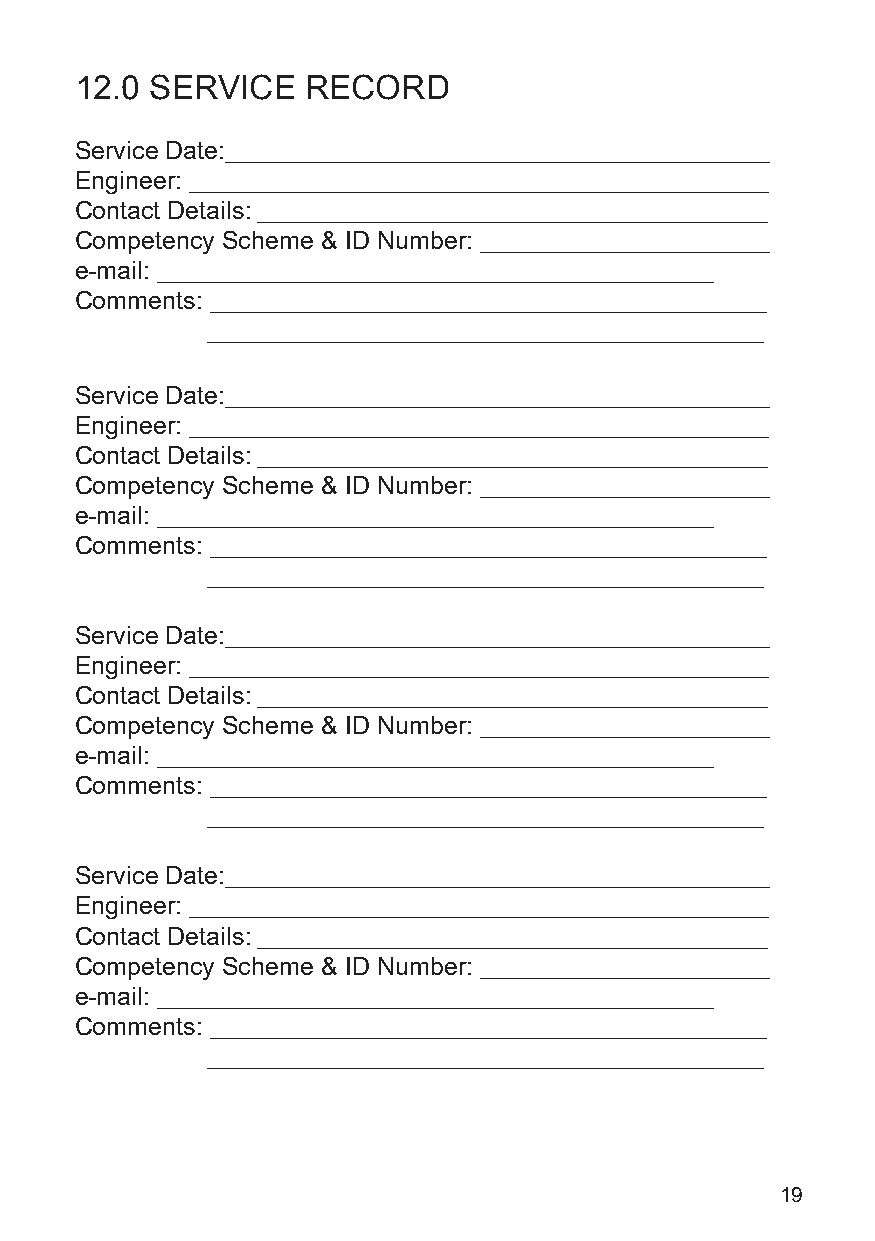
12.0 SERVICE   RECORD
 Service Date:_______________________________________________
 Engineer: __________________________________________________
 Contact Details: ____________________________________________
 Competency Scheme & ID Number: _________________________
 e-mail: ________________________________________________
 Comments: ________________________________________________
 ________________________________________________
 Service Date:_______________________________________________
 Engineer: __________________________________________________
 Contact Details: ____________________________________________
 Competency Scheme & ID Number: _________________________
 e-mail: ________________________________________________
 Comments: ________________________________________________
 ________________________________________________
 Service Date:_______________________________________________
 Engineer: __________________________________________________
 Contact Details: ____________________________________________
 Competency Scheme & ID Number: _________________________
 e-mail: ________________________________________________
 Comments: ________________________________________________
 ________________________________________________
 Service Date:_______________________________________________
 Engineer: __________________________________________________
 Contact Details: ____________________________________________
 Competency Scheme & ID Number: _________________________
 e-mail: ________________________________________________
 Comments: ________________________________________________
 ________________________________________________
 19